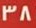
38